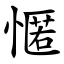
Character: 㥾